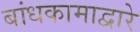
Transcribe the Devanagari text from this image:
बांधकामाद्वारे